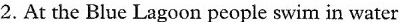
2.At the Blue Lagoon people swim in water